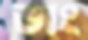
ভাং